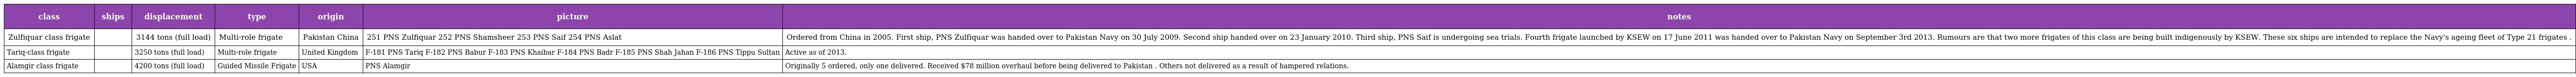
| class | ships | displacement | type | origin | picture | notes |
 | --- | --- | --- | --- | --- | --- | --- |
 | Zulfiquar class frigate |  | 3144 tons (full load) | Multi-role frigate | Pakistan China | 251 PNS Zulfiquar 252 PNS Shamsheer 253 PNS Saif 254 PNS Aslat | Ordered from China in 2005. First ship, PNS Zulfiquar was handed over to Pakistan Navy on 30 July 2009. Second ship handed over on 23 January 2010. Third ship, PNS Saif is undergoing sea trials. Fourth frigate launched by KSEW on 17 June 2011 was handed over to Pakistan Navy on September 3rd 2013. Rumours are that two more frigates of this class are being built indigenously by KSEW. These six ships are intended to replace the Navy's ageing fleet of Type 21 frigates . |
 | Tariq-class frigate |  | 3250 tons (full load) | Multi-role frigate | United Kingdom | F-181 PNS Tariq F-182 PNS Babur F-183 PNS Khaibar F-184 PNS Badr F-185 PNS Shah Jahan F-186 PNS Tippu Sultan | Active as of 2013. |
 | Alamgir class frigate |  | 4200 tons (full load) | Guided Missile Frigate | USA | PNS Alamgir | Originally 5 ordered, only one delivered. Received $78 million overhaul before being delivered to Pakistan . Others not delivered as a result of hampered relations. |